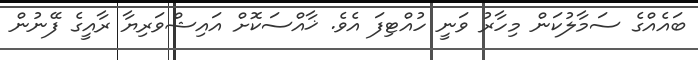
ބައެއްގެ ސަމާލުކަން މިހާރު ވަނީ ހުއްޓިފަ އެވެ. ޚާއްސަކޮށް އައިޝްވަރިޔާ ރާއީގެ ފޭނުން